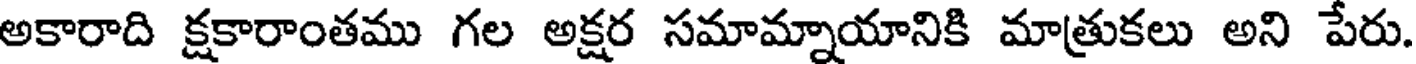
అకారాది క్షకారాంతము గల అక్షర సమామ్నాయానికి మాత్రుకలు అని పేరు.